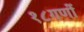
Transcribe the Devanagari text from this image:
१८गणों